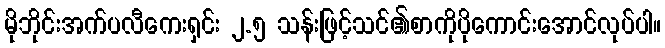
မိုဘိုင်းအက်ပလီကေးရှင်း ၂.၅ သန်းဖြင့်သင်၏စာကိုပိုကောင်းအောင်လုပ်ပါ။